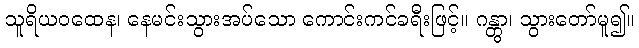
သူရိယဝထေန၊ နေမင်းသွားအပ်သော ကောင်းကင်ခရီးဖြင့်။ ဂန္တွာ၊ သွားတော်မူ၍။